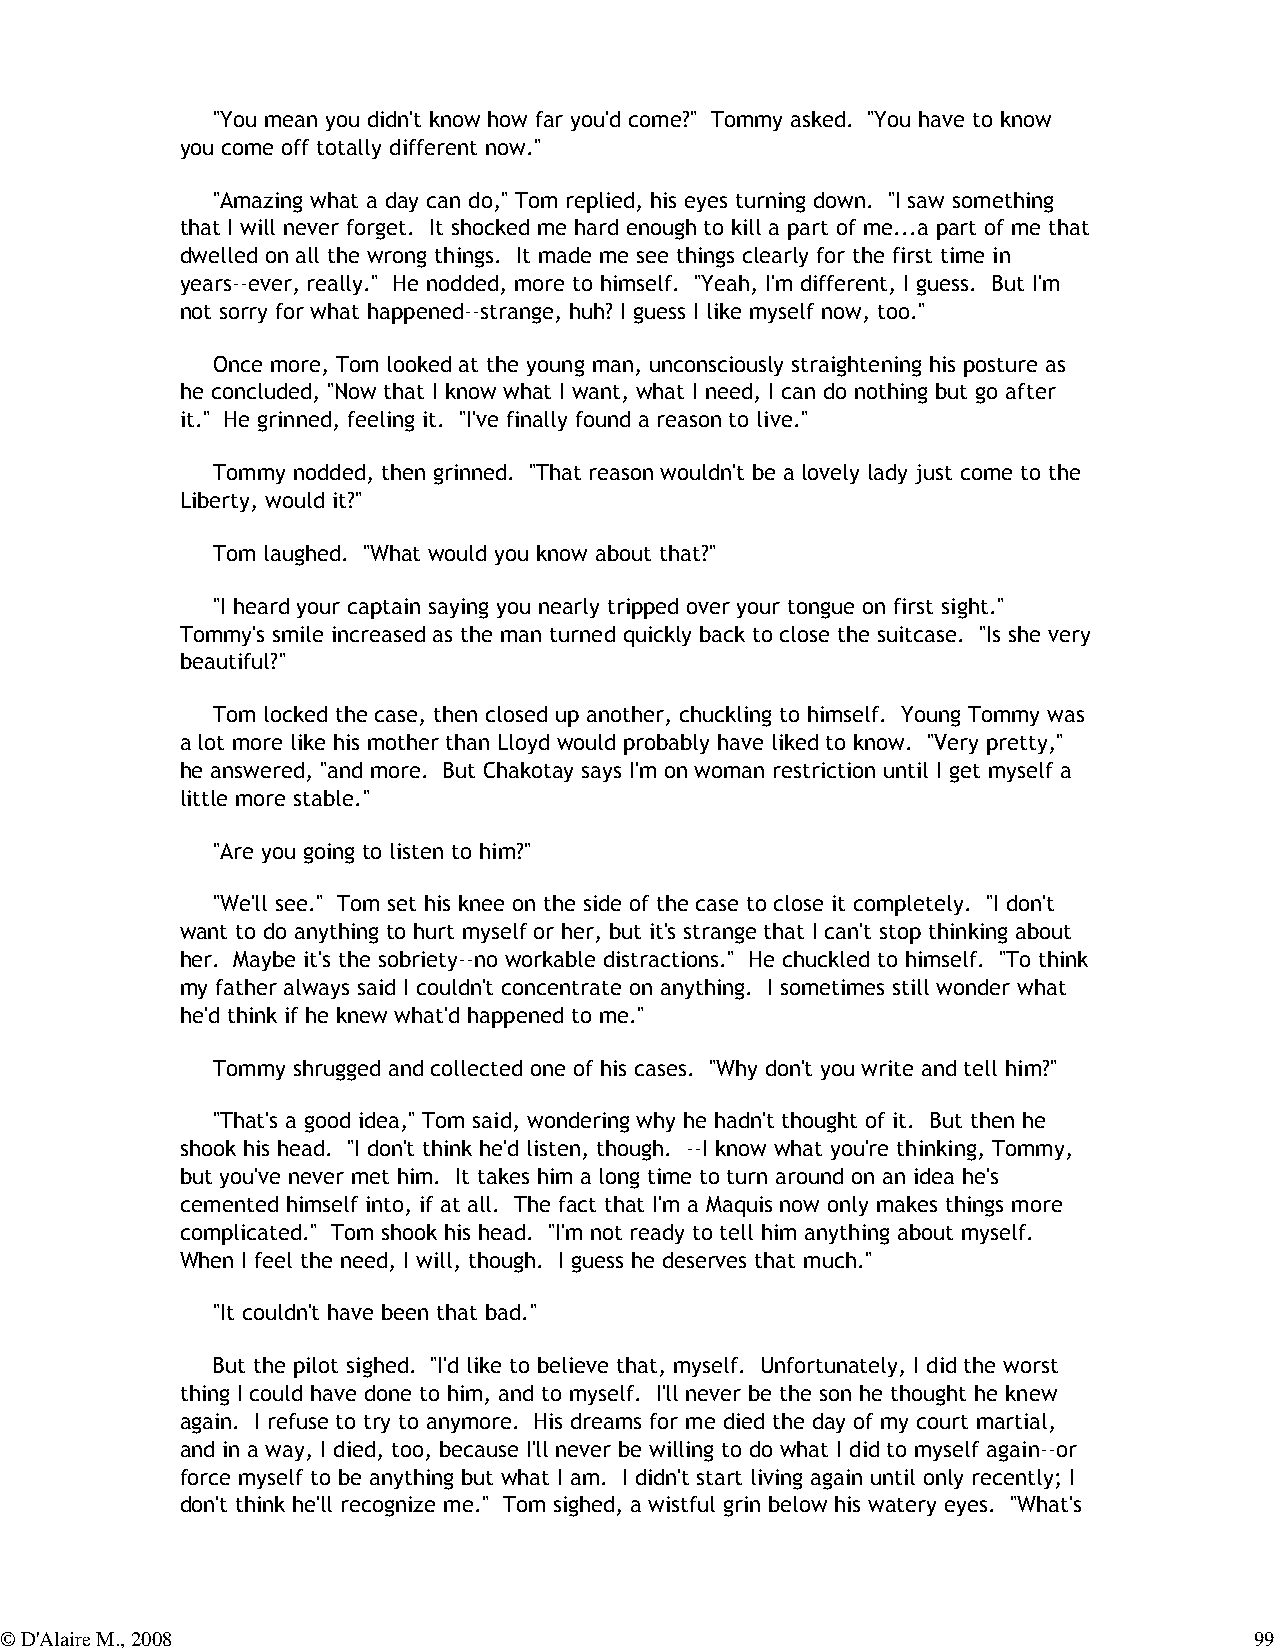
"You mean you didn't know how far you'd come?" Tommy asked. "You have to know
 you come off totally different now."
 "Amazing what a day can do," Tom replied, his eyes turning down. "I saw something
 that I will never forget. It shocked me hard enough to kill a part of me...a part of me that
 dwelled on all the wrong things. It made me see things clearly for the first time in
 years--ever, really." He nodded, more to himself. "Yeah, I'm different, I guess. But I'm
 not sorry for what happened--strange, huh? I guess I like myself now, too."
 Once more, Tom looked at the young man, unconsciously straightening his posture as
 he concluded, "Now that I know what I want, what I need, I can do nothing but go after
 it." He grinned, feeling it. "I've finally found a reason to live."
 Tommy nodded, then grinned. "That reason wouldn't be a lovely lady just come to the
 Liberty, would it?"
 Tom laughed. "What would you know about that?"
 "I heard your captain saying you nearly tripped over your tongue on first sight."
 Tommy's smile increased as the man turned quickly back to close the suitcase. "Is she very
 beautiful?"
 Tom locked the case, then closed up another, chuckling to himself. Young Tommy was
 a lot more like his mother than Lloyd would probably have liked to know. "Very pretty,"
 he answered, "and more. But Chakotay says I'm on woman restriction until I get myself a
 little more stable."
 "Are you going to listen to him?"
 "We'll see." Tom set his knee on the side of the case to close it completely. "I don't
 want to do anything to hurt myself or her, but it's strange that I can't stop thinking about
 her. Maybe it's the sobriety--no workable distractions." He chuckled to himself. "To think
 my father always said I couldn't concentrate on anything. I sometimes still wonder what
 he'd think if he knew what'd happened to me."
 Tommy shrugged and collected one of his cases. "Why don't you write and tell him?"
 "That's a good idea," Tom said, wondering why he hadn't thought of it. But then he
 shook his head. "I don't think he'd listen, though. --I know what you're thinking, Tommy,
 but you've never met him. It takes him a long time to turn around on an idea he's
 cemented himself into, if at all. The fact that I'm a Maquis now only makes things more
 complicated." Tom shook his head. "I'm not ready to tell him anything about myself.
 When I feel the need, I will, though. I guess he deserves that much."
 "It couldn't have been that bad."
 But the pilot sighed. "I'd like to believe that, myself. Unfortunately, I did the worst
 thing I could have done to him, and to myself. I'll never be the son he thought he knew
 again. I refuse to try to anymore. His dreams for me died the day of my court martial,
 and in a way, I died, too, because I'll never be willing to do what I did to myself again--or
 force myself to be anything but what I am. I didn't start living again until only recently; I
 don't think he'll recognize me." Tom sighed, a wistful grin below his watery eyes. "What's
 © D'Alaire M., 2008                                                                99